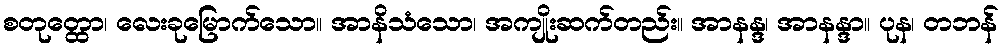
စတုတ္ထော၊ လေးခုမြောက်သော။ အာနိသံသော၊ အကျိုးဆက်တည်း။ အာနန္ဒ၊ အာနန္ဒာ။ ပုန၊ တဘန်